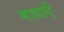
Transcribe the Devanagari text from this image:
बाधाऍ